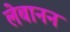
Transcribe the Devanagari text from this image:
लेबानन